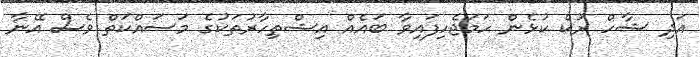
އަދި ޝާހް ރުކް ކުޅެން ހަމަޖެހިފައިވާ ބައެއް އިޝްތިހާރުތަކުގެ މަސައްކަތް ވެސް އޭނާ